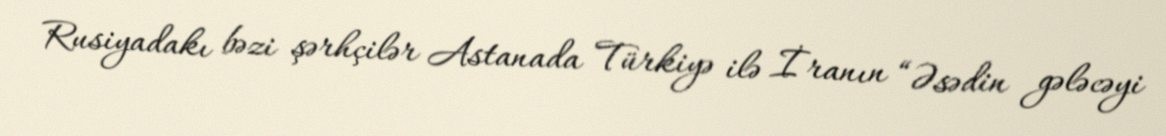
Rusiyadakı bəzi şərhçilər Astanada Türkiyə ilə İranın “Əsədin gələcəyi